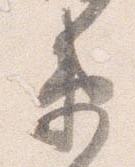
衛